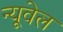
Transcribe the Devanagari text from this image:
न्यूवेल